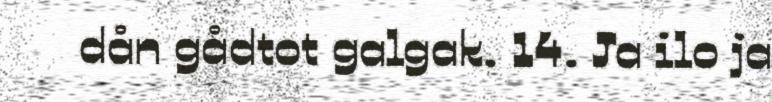
dån gådtot galgak. 14. Ja ilo ja